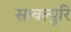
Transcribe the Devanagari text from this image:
साबल्पुरि